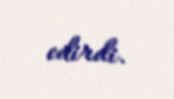
edirdi.